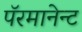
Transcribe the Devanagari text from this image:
पॅरमानेन्ट